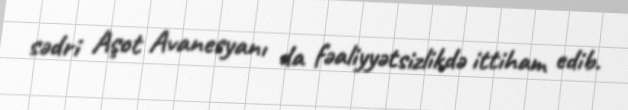
sədri Aşot Avanesyanı da fəaliyyətsizlikdə ittiham edib.